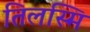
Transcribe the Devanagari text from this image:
तिलस्मि